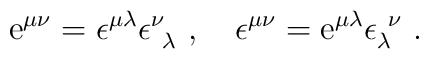
\mbox{\rm e}^{\mu\nu}=\epsilon^{\mu\lambda}\epsilon^\nu_{\ \lambda}\ ,\quad\epsilon^{\mu\nu}=\mbox{\rm e}^{\mu\lambda}\epsilon_\lambda^{\ \nu}\ .